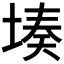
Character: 𮰦